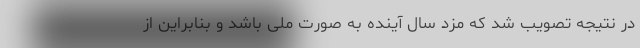
در نتیجه تصویب شد که مزد سال آینده به صورت ملی باشد و بنابراین از